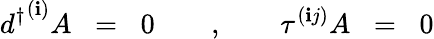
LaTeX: {d^{\dagger}}^{(\mathbf{i})}A\; \; =\; \; 0\quad\quad,\quad\quad\tau^{(\mathbf{i}j)}A\; \; =\; \; 0